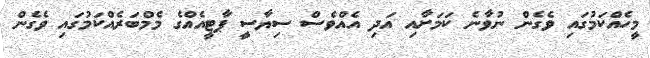
މީހެއްކަމުގައި ވެގެން ނުވާނެ ކަމަށާއި އަދި އެއްވެސް ސިޔާސީ ޕާޓީއެއްގެ މެމްބަރެއްކަމުގައި ވެގެން